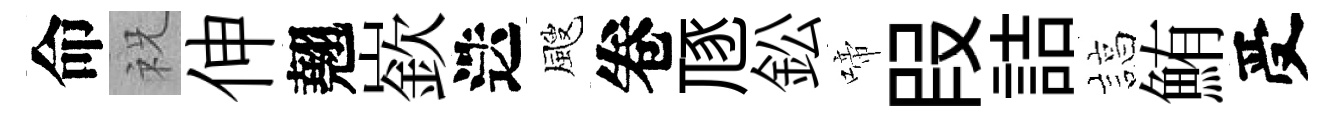
命祝伸翹嶔迭颼卷豗鈆啼叚詰諄鮪受